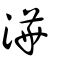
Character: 澕